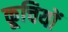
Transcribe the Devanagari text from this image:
कूचियों